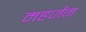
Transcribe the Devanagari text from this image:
महर्जन